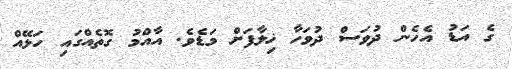
ގެ އަޑު އެހެން ދުވަސް ދުވަހާ ޚިލާފަށް މަޑެވެ. އާއްމު ގޮތެއްގައި ހަޅޭއް